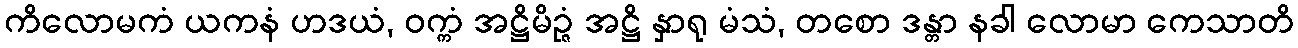
ကိလောမကံ ယကနံ ဟဒယံ, ဝက္ကံ အဋ္ဌိမိဉ္ဇံ အဋ္ဌိ နှာရု မံသံ, တစော ဒန္တာ နခါ လောမာ ကေသာတိ